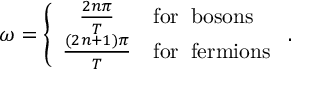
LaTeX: \omega = \left\{ \begin{array} { c l } { { { \frac { 2 n \pi } { T } } } } & { { \mathrm { f o r \; \; b o s o n s } } } \\ { { { \frac { ( 2 n + 1 ) \pi } { T } } } } & { { \mathrm { f o r \; \; f e r m i o n s } } } \end{array} \right. .